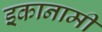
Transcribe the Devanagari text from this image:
इकानामी